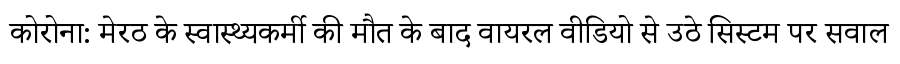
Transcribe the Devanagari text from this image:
कोरोना: मेरठ के स्वास्थ्यकर्मी की मौत के बाद वायरल वीडियो से उठे सिस्टम पर सवाल